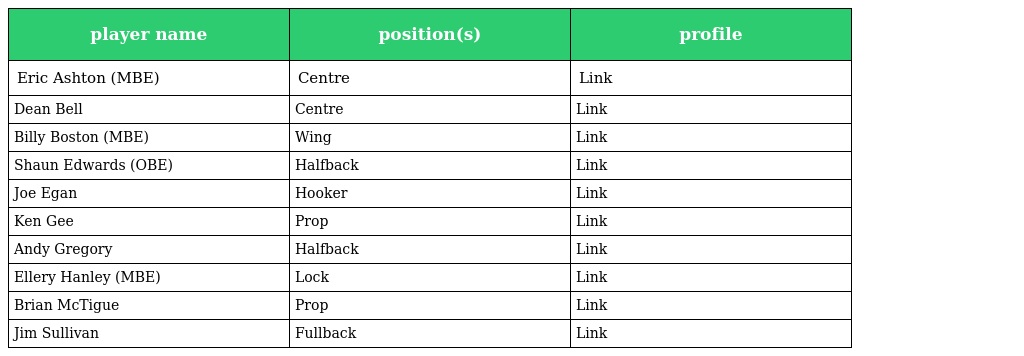
| player name | position(s) | profile |
 | --- | --- | --- |
 | Eric Ashton (MBE) | Centre | Link |
 | Dean Bell | Centre | Link |
 | Billy Boston (MBE) | Wing | Link |
 | Shaun Edwards (OBE) | Halfback | Link |
 | Joe Egan | Hooker | Link |
 | Ken Gee | Prop | Link |
 | Andy Gregory | Halfback | Link |
 | Ellery Hanley (MBE) | Lock | Link |
 | Brian McTigue | Prop | Link |
 | Jim Sullivan | Fullback | Link |